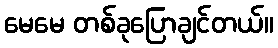
မေမေ တစ်ခုပြောချင်တယ်။